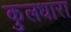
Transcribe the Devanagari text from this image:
कुलधारा